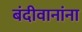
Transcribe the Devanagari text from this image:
बंदीवानांना